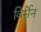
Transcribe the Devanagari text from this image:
विर्सेन